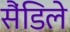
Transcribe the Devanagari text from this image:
सैंडिले